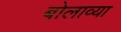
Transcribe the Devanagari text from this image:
बोलाव्या